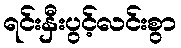
ရင်းနှီးပွင့်လင်းစွာ